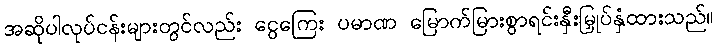
အဆိုပါလုပ်ငန်းများတွင်လည်း ငွေကြေး ပမာဏ မြောက်မြားစွာရင်းနှီးမြှုပ်နှံထားသည်။